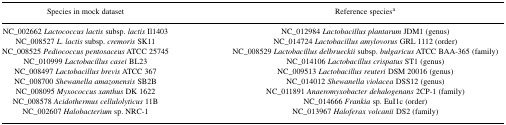
<table><thead><tr><td><b>Species in mock dataset</b></td><td><b>Reference species<sup>a</sup></b></td></tr></thead><tbody><tr><td>NC_002662 <i>Lactococcus lactis</i> subsp. <i>lactis</i> Il1403</td><td>NC_012984 <i>Lactobacillus plantarum</i> JDM1 (genus)</td></tr><tr><td>NC_008527 <i>L. lactis</i> subsp. <i>cremoris</i> SK11</td><td>NC_014724 <i>Lactobacillus amylovorus</i> GRL 1112 (order)</td></tr><tr><td>NC_008525 <i>Pediococcus pentosaceus</i> ATCC 25745</td><td>NC_008529 <i>Lactobacillus delbrueckii</i> subsp. <i>bulgaricus</i> ATCC BAA-365 (family)</td></tr><tr><td>NC_010999 <i>Lactobacillus casei</i> BL23</td><td>NC_014106 <i>Lactobacillus crispatus</i> ST1 (genus)</td></tr><tr><td>NC_008497 <i>Lactobacillus brevis</i> ATCC 367</td><td>NC_009513 <i>Lactobacillus reuteri</i> DSM 20016 (genus)</td></tr><tr><td>NC_008700 <i>Shewanella amazonensis</i> SB2B</td><td>NC_014012 <i>Shewanella violacea</i> DSS12 (genus)</td></tr><tr><td>NC_008095 <i>Myxococcus xanthus</i> DK 1622</td><td>NC_011891 <i>Anaeromyxobacter dehalogenans</i> 2CP-1 (family)</td></tr><tr><td>NC_008578 <i>Acidothermus cellulolyticus</i> 11B</td><td>NC_014666 <i>Frankia</i> sp. EuI1c (order)</td></tr><tr><td>NC_002607 <i>Halobacterium</i> sp. NRC-1</td><td>NC_013967 <i>Haloferax volcanii</i> DS2 (family)</td></tr></tbody></table>